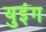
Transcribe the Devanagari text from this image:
युइंग